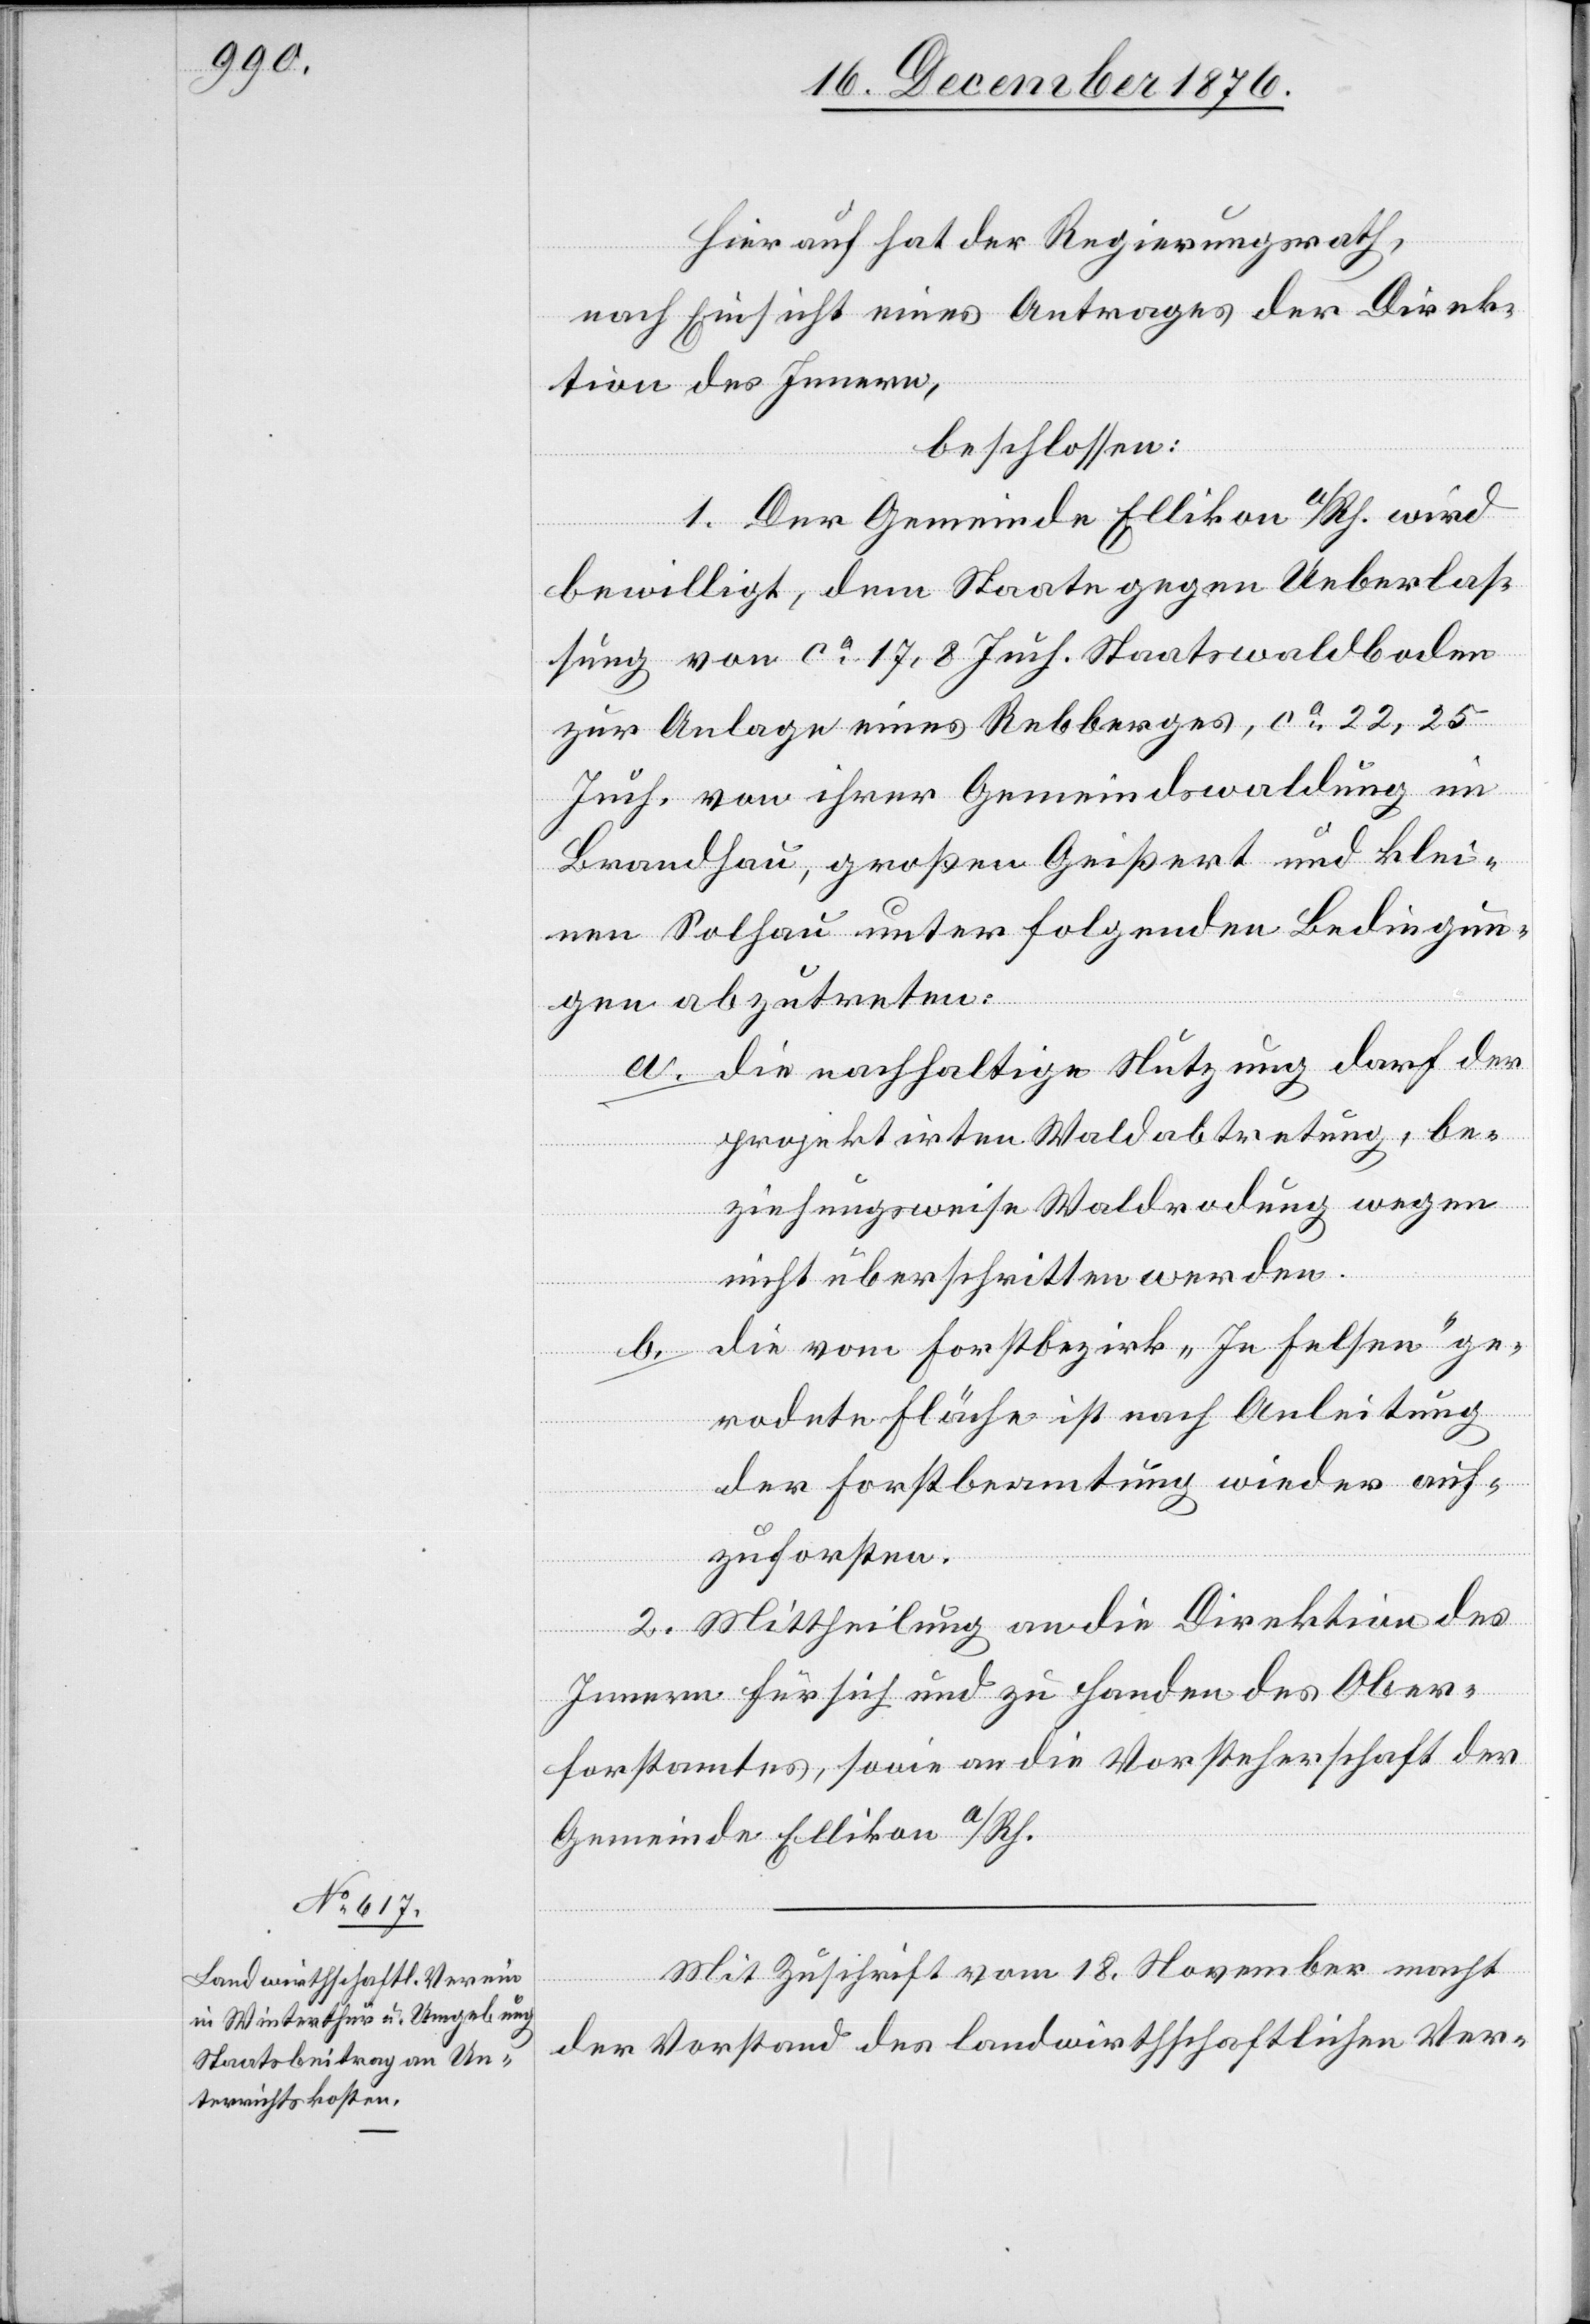
Hierauf hat der Regierungsrath,
nach Einsicht eines Antrages der Direk¬
tion des Innern,
beschlossen:
1. Der Gemeinde Ellikon a/Rh. wird
bewilligt, dem Staate gegen Ueberlas¬
sung von ca 17,8 Juch. Staatswaldboden
zur Anlage eines Rebberges, ca 22,25
Juch. von ihrer Gemeindswaldung im
Brandhau, großen Geißert und klei¬
nen Solhau unter folgenden Bedingun¬
gen abzutreten:
a. die nachhaltige Nutzung darf der
projektirten Waldabtretung, be¬
ziehungsweise Waldrodung wegen
nicht überschritten werden.
die vom Forstbezirk „In Felsen“ ge¬
b.
rodete Fläche ist nach Anleitung
der Forstbeamtung wieder auf¬
zuforsten.
2. Mittheilung an die Direktion des
Innern für sich und zu Handen des Ober¬
forstamtes, sowie an die Vorsteherschaft der
Gemeinde Ellikon a/Rh.
Mit Zuschrift vom 18. November macht
der Vorstand des landwirthschaftlichen Ver-